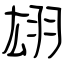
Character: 翃